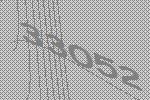
33052